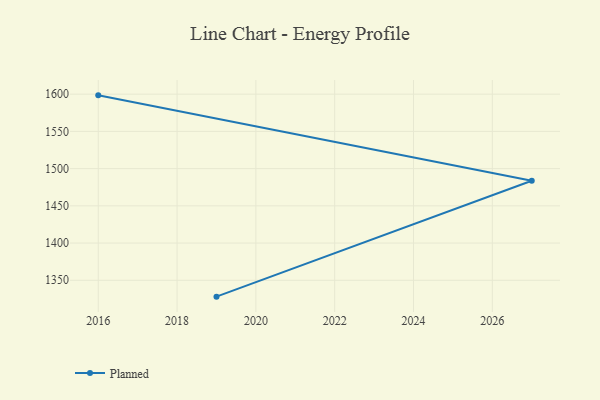
{"axis": {"x": "Year", "y": "Operating Costs (USD K)"}, "legend": ["Planned"], "data": [{"x": "2019", "y": 1328.0, "type": "Planned"}, {"x": "2027", "y": 1483.7, "type": "Planned"}, {"x": "2016", "y": 1598.4, "type": "Planned"}]}